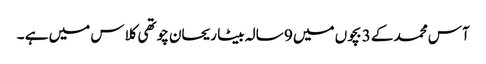
آس محمد کے 3 بچوں میں 9 سالہ بیٹا ریحان چوتھی کلاس میں ہے ۔